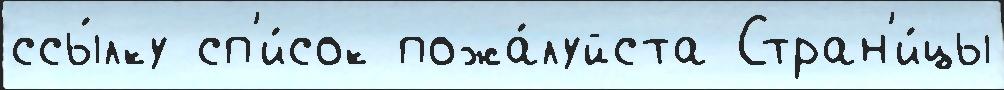
ссы́лку сп'и́сок пожа́луйста Стран'и́цы